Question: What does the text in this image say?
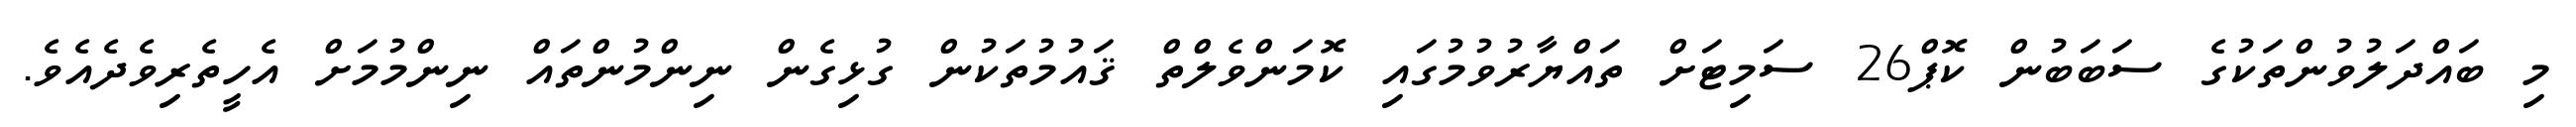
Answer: މި ބައްދަލުވުންތަކުގެ ސަބަބުން ކޮޕް26 ސަމިޓަށް ތައްޔާރުވުމުގައި ކޮމަންވެލްތް ޤައުމުތަކުން ގުޅިގެން ނިންމުންތައް ނިންމުމަށް އެހީތެރިވެދެއެވެ.